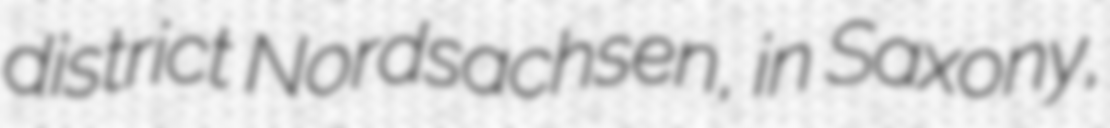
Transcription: district Nordsachsen, in Saxony,